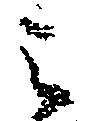
之